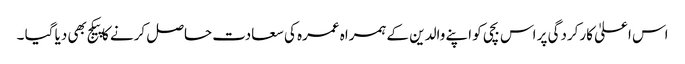
اس اعلیٰ کارکردگی پر اس بچی کو اپنے والدین کے ہمراہ عمرہ کی سعادت حاصل کرنے کا پیکج بھی دیا گیا ۔